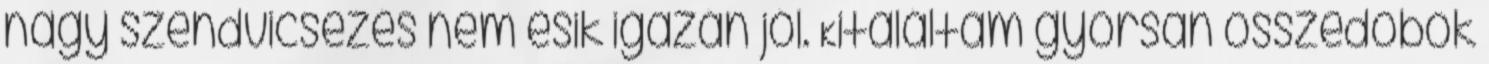
nagy szendvicsezés nem esik igazán jól. Kitaláltam gyorsan összedobok